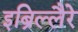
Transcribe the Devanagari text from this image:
इब्रिल्लैरे